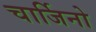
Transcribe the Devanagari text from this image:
चार्जिनो